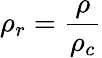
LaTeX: \rho_{r}=\frac{\rho}{\rho_{c}}